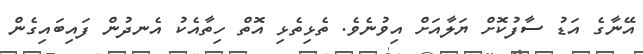
އޭނާގެ އަޑު ސާފުކޮށް ޔަލާއަށް އިވުނެވެ. ތެޅިތެޅި އޮތް ހިތާއެކު އެނދުން ފައިބައިގެން